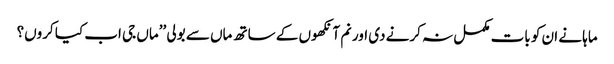
ماہا نے ان کو بات مکمل نہ کرنے دی اور نم آنکھوں کے ساتھ ماں سے بولی ’’ماں جی اب کیا کروں؟